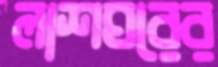
লাশঘরের